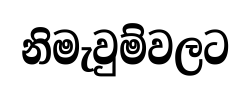
නිමැවුම්වලට